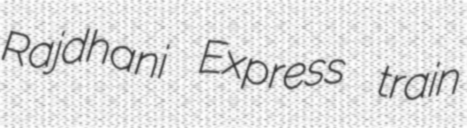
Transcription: Rajdhani Express train